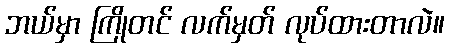
ဘယ်မှာ ကြိုတင် လက်မှတ် လုပ်ထားတာလဲ။